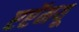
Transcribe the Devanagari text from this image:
एएॅमयू